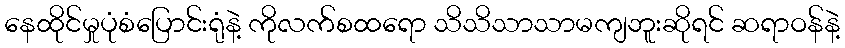
နေထိုင်မှုပုံစံပြောင်းရုံနဲ့ ကိုလက်စထရော သိသိသာသာမကျဘူးဆိုရင် ဆရာဝန်နဲ့